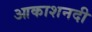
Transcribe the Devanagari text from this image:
आकाशनदी